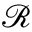
\mathcal { R }